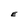
Character: E